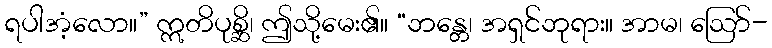
ရပါအံ့လော။” ဣတိပုစ္ဆိ၊ ဤသို့မေး၏။ “ဘန္တေ၊ အရှင်ဘုရား။ အာမ၊ ဩော်-